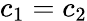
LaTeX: c_{1}=c_{2}